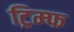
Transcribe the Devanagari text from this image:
ट्रिम्फ